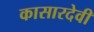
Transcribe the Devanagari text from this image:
कासारदेवी